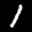
Label: 1